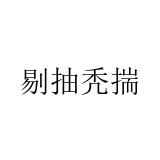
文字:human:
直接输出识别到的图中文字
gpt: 剔抽秃揣